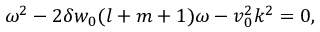
\begin{array} { r } { \omega ^ { 2 } - 2 \delta w _ { 0 } ( l + m + 1 ) \omega - v _ { 0 } ^ { 2 } k ^ { 2 } = 0 , } \end{array}